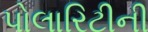
પોલારિટીની